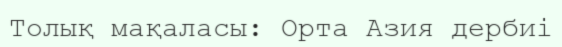
Толық мақаласы: Орта Азия дербиі